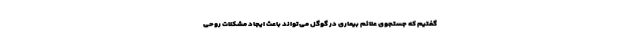
گفتیم که جستجوی علائم بیماری در گوگل می‌تواند باعث ایجاد مشکلات روحی